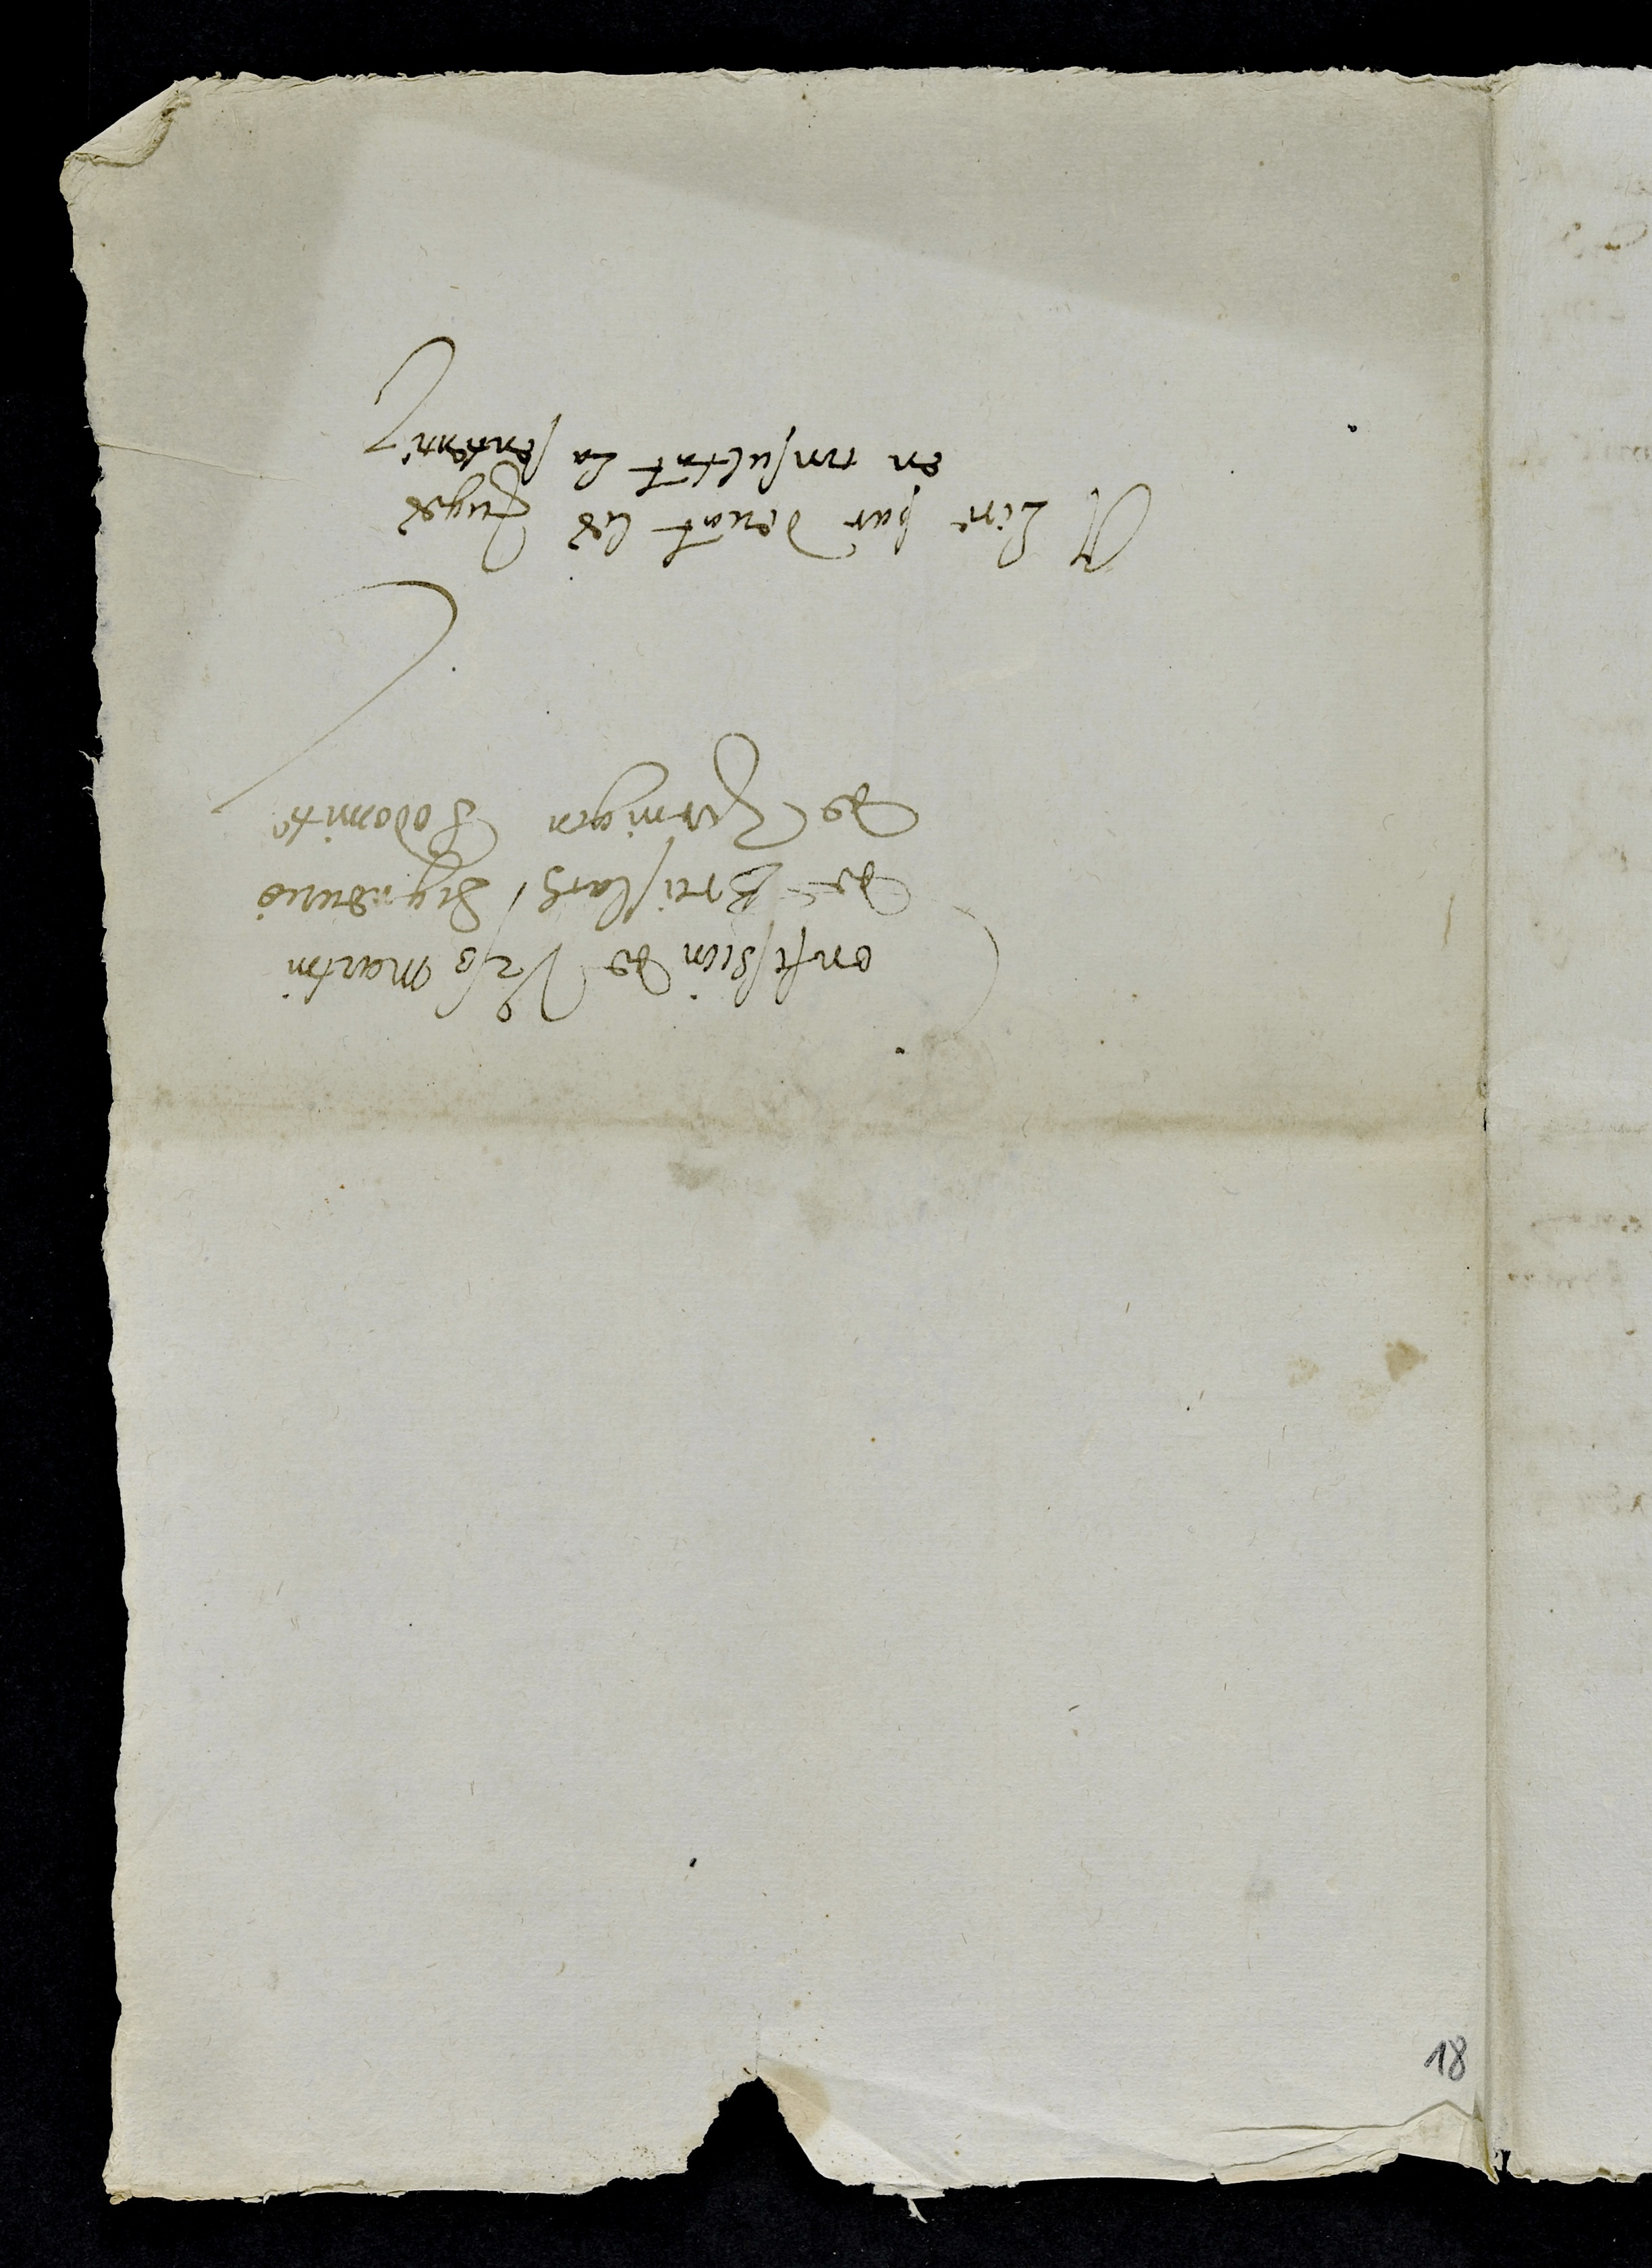
Confession de Urss martin
de Brislach Segneurie
de Zwingen Sodomite
A Lire par devant les juges
en consultant la sentence

18